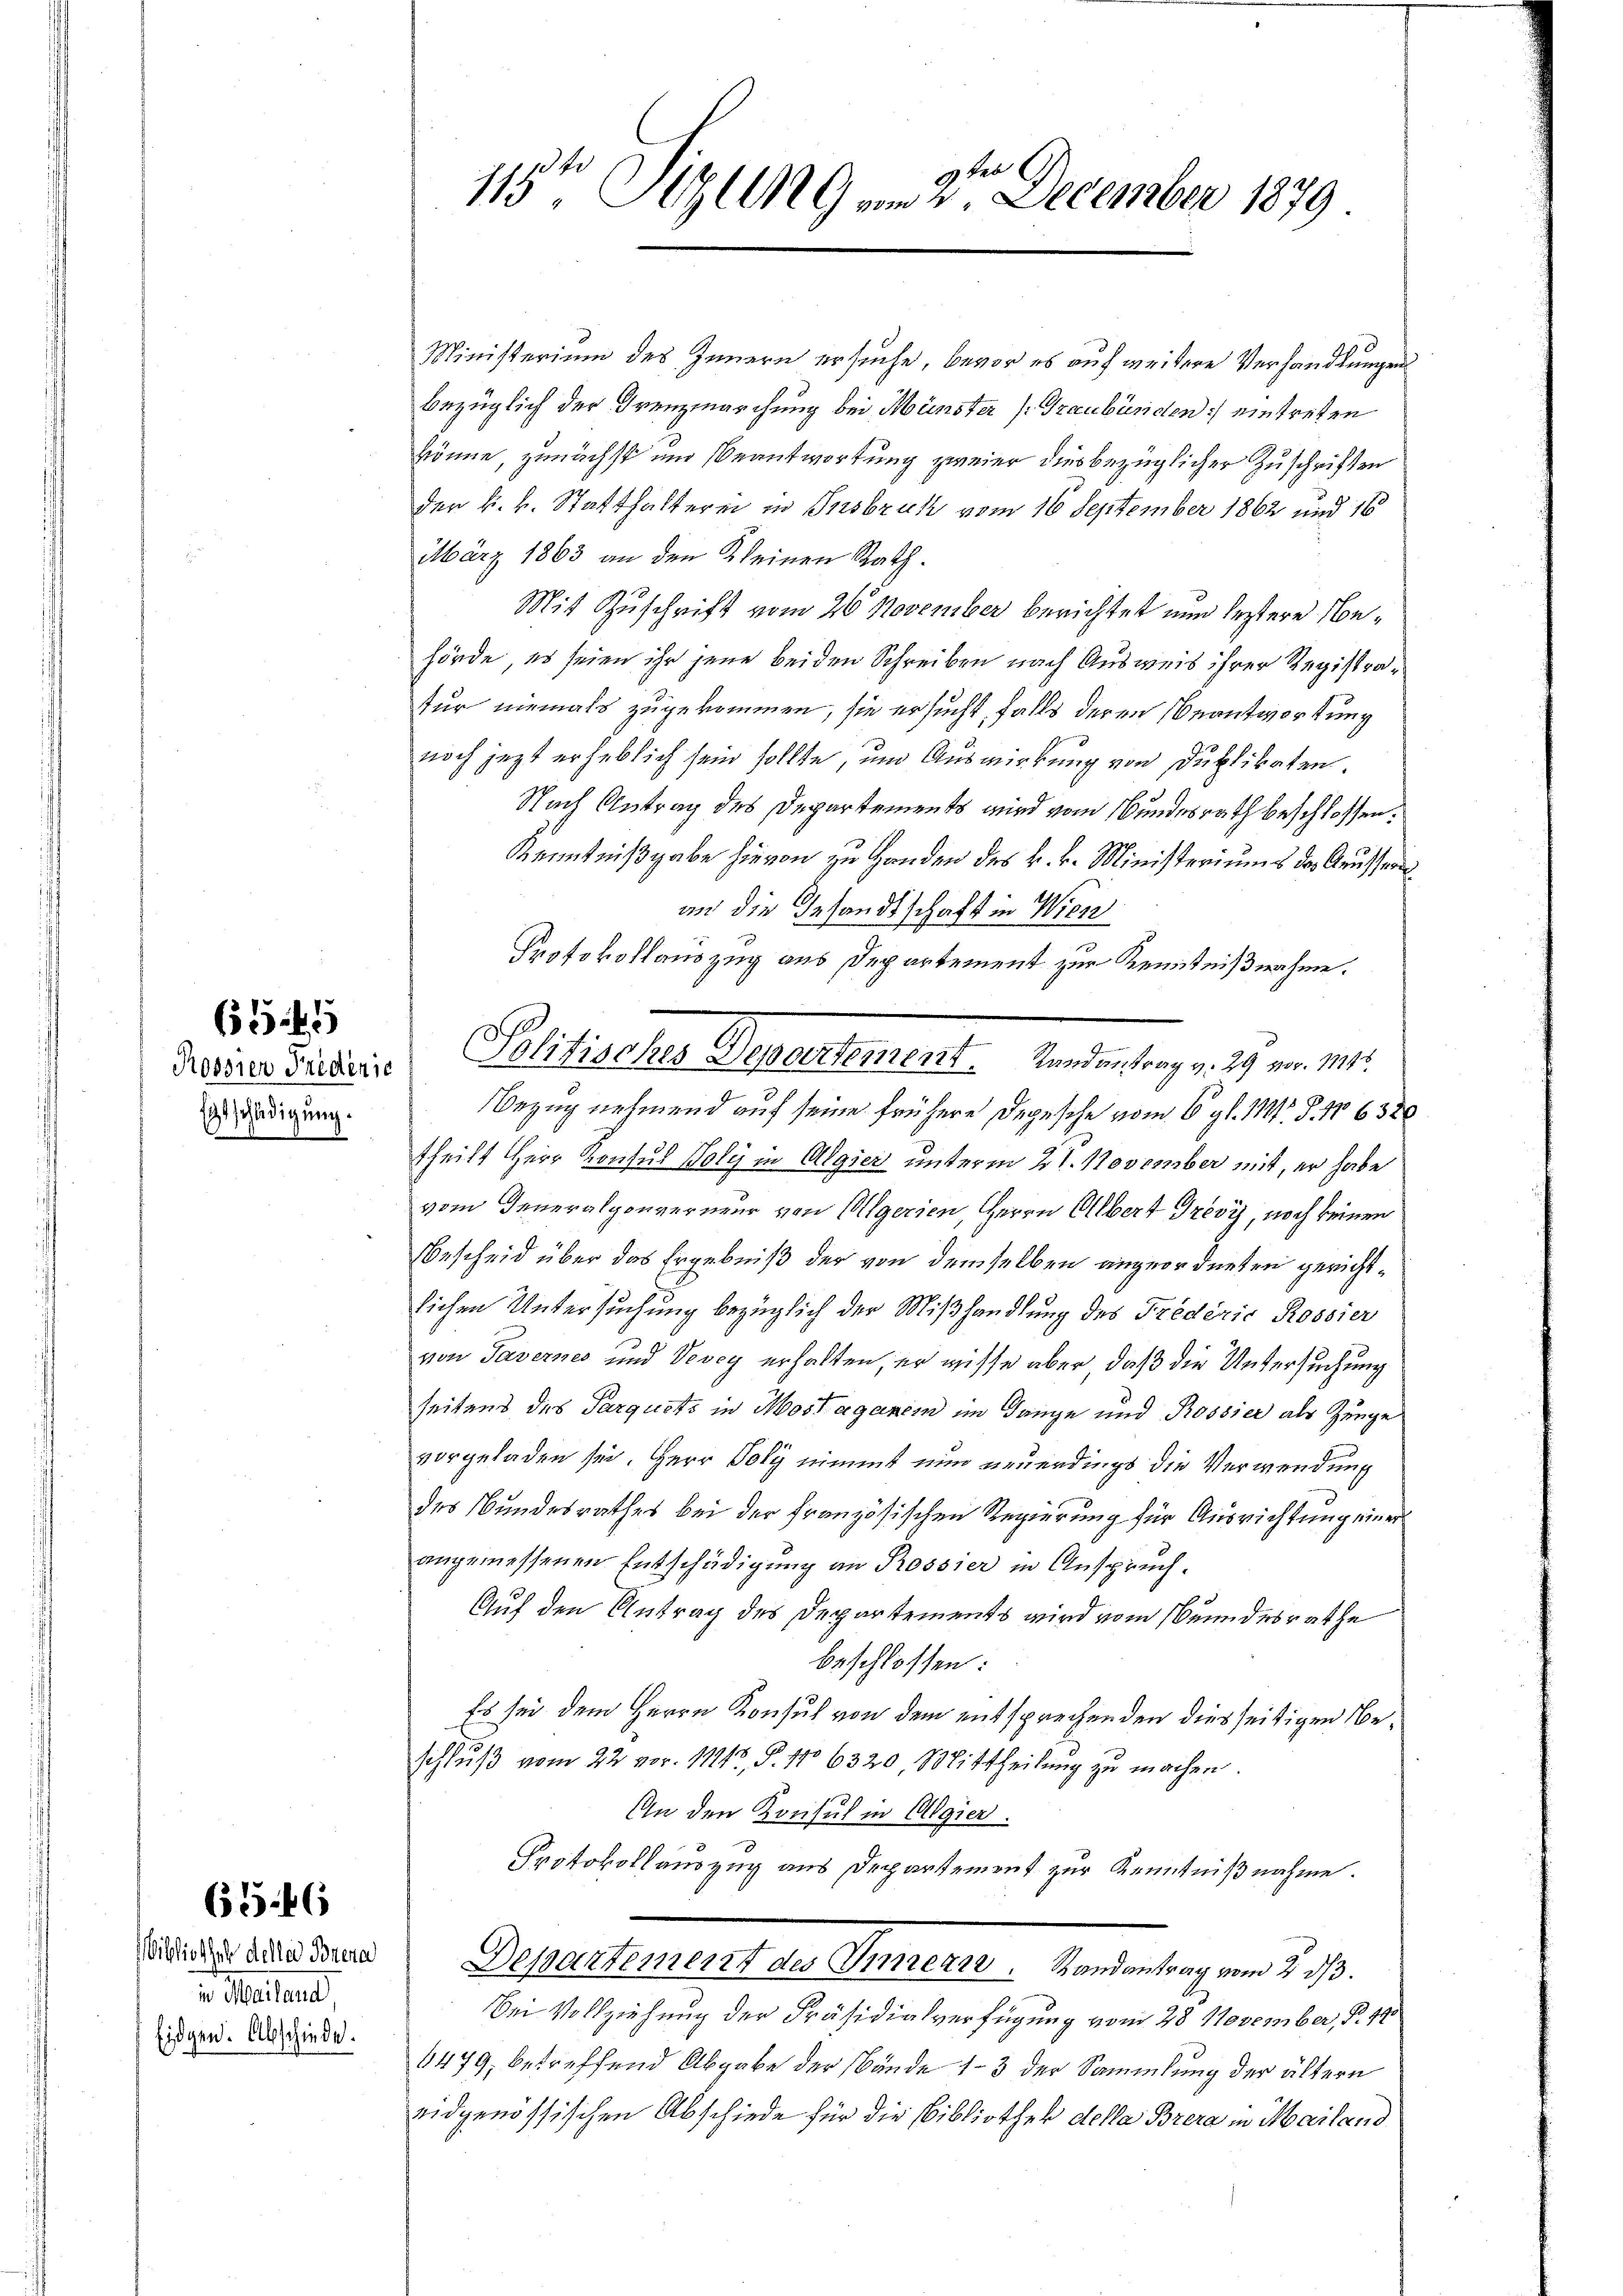
(1545

Etschädigung.

u. Mailand,
Eidgen. Abschiede

63. 46

gkeb
115t Sitzung am 2. December 1879

Ministerium des Innern ersuche, bevor es auf weitere Verhandlungen
bezüglich der Grenzmarchung bei Münster (: Graubünden) eintreten
könne, zunächst und Beantwortung zweier dies bezüglicher Zuschriften
der k. k. Statthalterei in Insbruk vom 16 September 1862 und 16
März 1863 an den Kleinen Rath.
Mit Zuschrift vom 26 November berichtet nun leztere Behörde, es seien ihr jene beiden Schreiben nach Ausweis ihrer Registrafür niemals zugekommen, sie ersucht falls deren Beantwortung
noch jezt erheblich sein sollte, um Auswirkung von Duplikaten.
Nach Antrag des Departements wird vom Bundesrath beschlossen:
Kenntnißgabe hievon zu Handen des k. k. Ministeriums des Grusseru
an die Gesandtschaft in Wien
Protokollauszug aus Departement zur Kenntnißnahme.
Bezug nehmend auf seine frühere Depesche vom 6. gl. 111 S. 1632
theilt Herr Konsul Boly in Algier unterm 2t. November mit, er habe
vom Generalgouverneur von Megerien, Herrn Albert Gresy, noch keinen
Bescheid über das Ergebniß der von demselben angeordneten gerichtlichen Untersuchung bezüglich der Mißhandlung des Fredérić Rossier
von Tavernes und Vevey erhalten, er wisse aber, daß die Untersuchung
seitens des Parquets in Mossagenem im Gange und Rossier als Zeuge
vorgeladen sei. Herr Poly nimmt nun neuerdings die Verwendung
des Bundesrathes bei der französischen Regierung für Ausrichtung einer
angemessenen Entschädigung an Rossier in Anspruch.
Auf den Antrag des Departements wird vom eundesrathe
beschlossen:
Es sei dem Herrn Konsul von dem entsprechenden diesseitigen Neschluß vom 22. vor. 11217, P. No 6320, Mittheilung zu machen.
An den Konsul in Algier.
Protokollauszug aus Departement zur Kenntnißnahme.
Eides verehren, Departement des Innere. Vordentrag vom 21.
Bei Vollziehung der Präsidialverfügung vom 28 November, S. 490
6479, betreffend Abgabe der Bände 13 der Sammlung der ältern
eidgenössischen Abschiede für die Bibliothek della Brera in Mailand

Driesser dieser Politische Departement. Wenden trang v. 29. v. M.